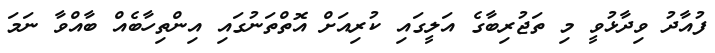
ފުއާދު ވިދާޅުވީ މި ތަޖުރިބާގެ އަލީގައި ކުރިއަށް އޮތްތަނުގައި އިންތިހާބެއް ބާއްވާ ނަމަ